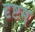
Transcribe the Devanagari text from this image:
दृष्टम्